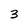
Character: 3